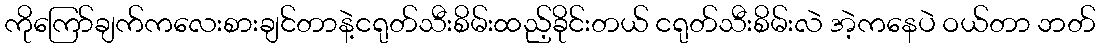
ကိုကြော်ချက်ကလေးစားချင်တာနဲ့ငရုတ်သီးစိမ်းထည့်ခိုင်းတယ် ငရုတ်သီးစိမ်းလဲ အဲ့ကနေပဲ ဝယ်တာ ဘတ်